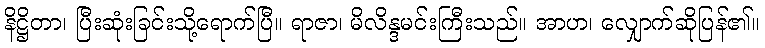
နိဋ္ဌိတာ၊ ပြီးဆုံးခြင်းသို့ရောက်ပြီ။ ရာဇာ၊ မိလိန္ဒမင်းကြီးသည်။ အာဟ၊ လျှောက်ဆိုပြန်၏။